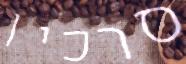
סרכין